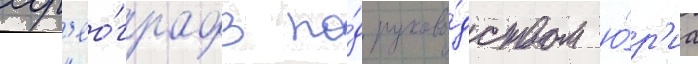
хор'ео́графов по́д руково́дством ю́р'иа